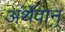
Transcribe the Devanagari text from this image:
अर्थवान्